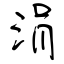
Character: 涓